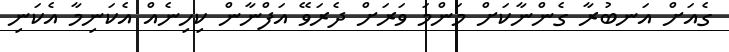
ގެއަށް އަނބުރާ ގެންނާކަށް މަންމަ ވަރަށް ދެރަވޭ އަފްނާން ކިހިނެއް އެކަނިމާ އެކަނި